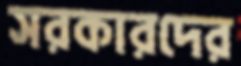
সরকারদের